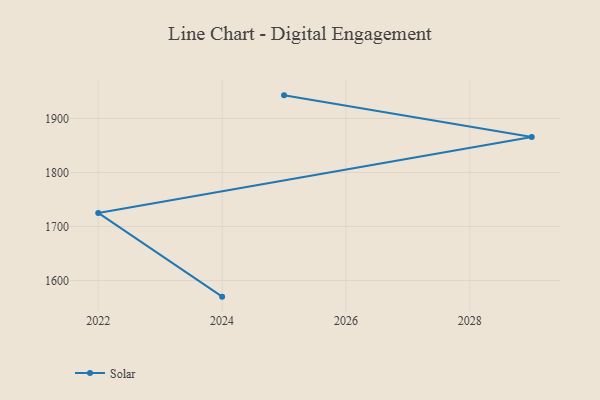
{"axis": {"x": "Year", "y": "Market Share (%)"}, "legend": ["Solar"], "data": [{"x": "2025", "y": 1942.9, "type": "Solar"}, {"x": "2029", "y": 1865.7, "type": "Solar"}, {"x": "2022", "y": 1725.1, "type": "Solar"}, {"x": "2024", "y": 1570.1, "type": "Solar"}]}